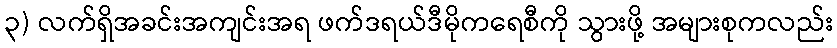
၃) လက်ရှိအခင်းအကျင်းအရ ဖက်ဒရယ်ဒီမိုကရေစီကို သွားဖို့ အများစုကလည်း